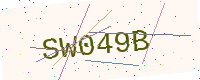
Text: SW049B